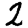
Digit: 2